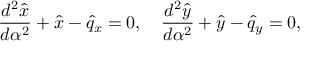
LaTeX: { \frac { d ^ { 2 } \hat { x } } { d \alpha ^ { 2 } } } + \hat { x } - \hat { q } _ { x } = 0 , \quad { \frac { d ^ { 2 } \hat { y } } { d \alpha ^ { 2 } } } + \hat { y } - \hat { q } _ { y } = 0 ,